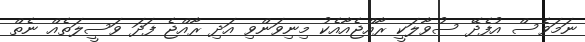
ނަމަވެސް އުފެދޭ ސުވާލަކީ ރާއްޖެއާއެކު މިނިވަންވި އަދި ރާއްޖެ ފަދަ ވަސީލަތެއް ނެތް